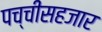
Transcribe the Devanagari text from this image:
पच्चीसहजार